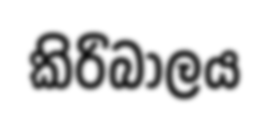
කිරිබාලය